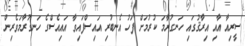
ސީރިއާ އާއި އިރާޤުގައި ހަނގުރާމަ ކުރުމަށް ފަހު އެނބުރި އައިސްފައިވާ އައިއެސްގެ ހަނގުރާމަވެރިން